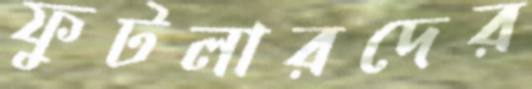
ফুটলারদের